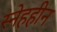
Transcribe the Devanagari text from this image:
स्नेहहीन